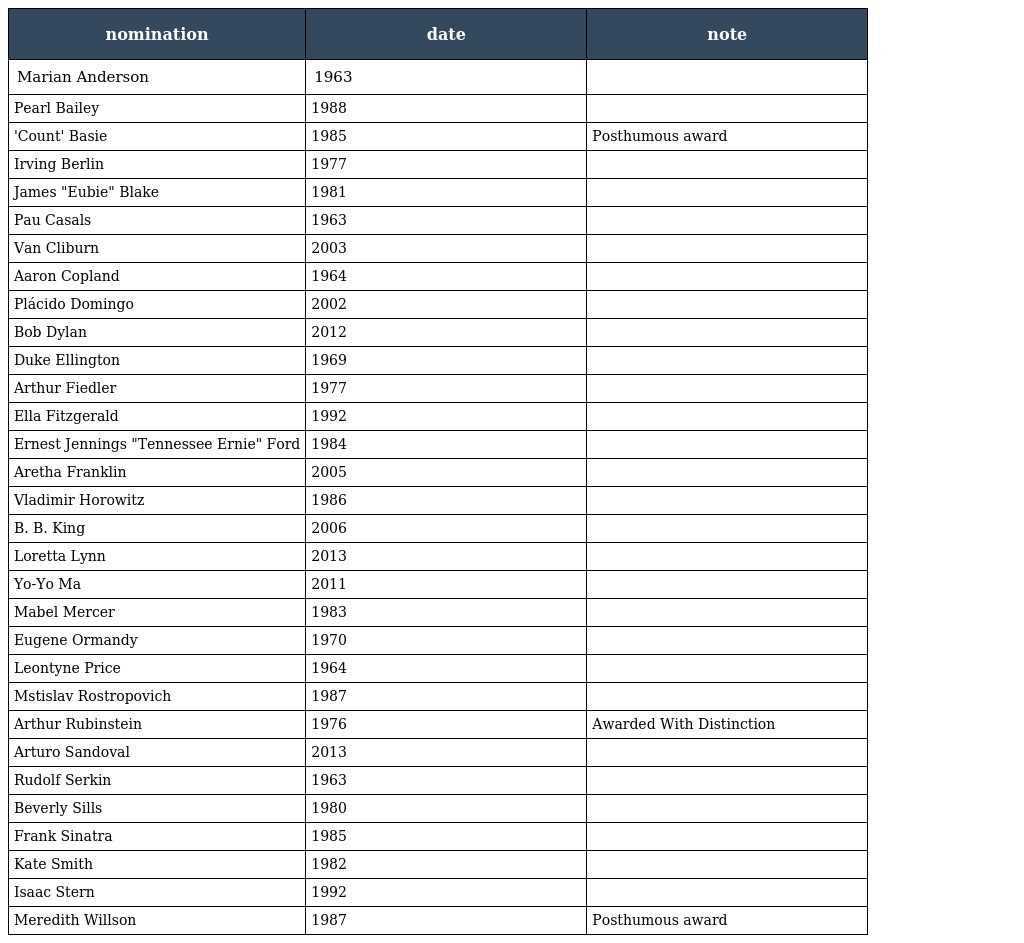
| nomination | date | note |
 | --- | --- | --- |
 | Marian Anderson | 1963 |  |
 | Pearl Bailey | 1988 |  |
 | 'Count' Basie | 1985 | Posthumous award |
 | Irving Berlin | 1977 |  |
 | James "Eubie" Blake | 1981 |  |
 | Pau Casals | 1963 |  |
 | Van Cliburn | 2003 |  |
 | Aaron Copland | 1964 |  |
 | Plácido Domingo | 2002 |  |
 | Bob Dylan | 2012 |  |
 | Duke Ellington | 1969 |  |
 | Arthur Fiedler | 1977 |  |
 | Ella Fitzgerald | 1992 |  |
 | Ernest Jennings "Tennessee Ernie" Ford | 1984 |  |
 | Aretha Franklin | 2005 |  |
 | Vladimir Horowitz | 1986 |  |
 | B. B. King | 2006 |  |
 | Loretta Lynn | 2013 |  |
 | Yo-Yo Ma | 2011 |  |
 | Mabel Mercer | 1983 |  |
 | Eugene Ormandy | 1970 |  |
 | Leontyne Price | 1964 |  |
 | Mstislav Rostropovich | 1987 |  |
 | Arthur Rubinstein | 1976 | Awarded With Distinction |
 | Arturo Sandoval | 2013 |  |
 | Rudolf Serkin | 1963 |  |
 | Beverly Sills | 1980 |  |
 | Frank Sinatra | 1985 |  |
 | Kate Smith | 1982 |  |
 | Isaac Stern | 1992 |  |
 | Meredith Willson | 1987 | Posthumous award |